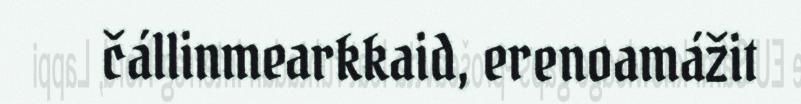
čállinmearkkaid, erenoamážit